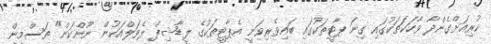
ކުރިއަށްގެންދާ ވާހަކަތަކުގައި ގިނަ ޕާޓީތަކުގައި ބައިވެރިވަނީ އެޕާޓީތަކުގެ ލީޑާޝިޕް ލެވަލްއަކުން ނޫންކަން" ތަސްމީން